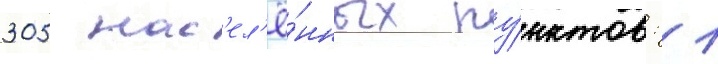
305 нас'ел'ё́нных пу́нктов: 1